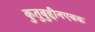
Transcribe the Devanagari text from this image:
कुतुबुद्दीनएबक